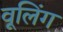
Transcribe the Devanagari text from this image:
वूलिंग